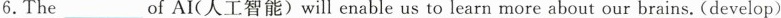
6.The____of AI(人工智能)will enable us to learn more about our brains. (develop)